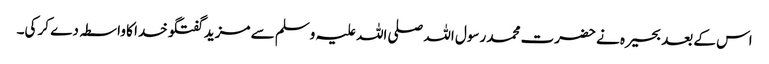
اس کے بعد بحیرہ نے حضرت محمد رسول اللہ صلی اللہ علیہ وسلم سے مزید گفتگو خدا کا واسطہ دے کر کی۔